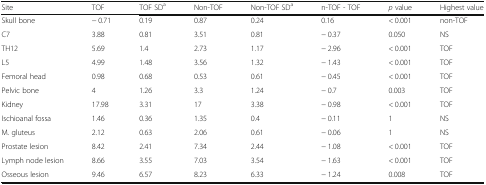
<table><thead><tr><td><b>Site</b></td><td><b>TOF</b></td><td><b>TOF SD<sup>a</sup></b></td><td><b>Non-TOF</b></td><td><b>Non-TOF SD<sup>a</sup></b></td><td><b>n-TOF - TOF</b></td><td><b><i>p</i> value</b></td><td><b>Highest value</b></td></tr></thead><tbody><tr><td>Skull bone</td><td>− 0.71</td><td>0.19</td><td>0.87</td><td>0.24</td><td>0.16</td><td>&lt; 0.001</td><td>non-TOF</td></tr><tr><td>C7</td><td>3.88</td><td>0.81</td><td>3.51</td><td>0.81</td><td>− 0.37</td><td>0.050</td><td>NS</td></tr><tr><td>TH12</td><td>5.69</td><td>1.4</td><td>2.73</td><td>1.17</td><td>− 2.96</td><td>&lt; 0.001</td><td>TOF</td></tr><tr><td>L5</td><td>4.99</td><td>1.48</td><td>3.56</td><td>1.32</td><td>− 1.43</td><td>&lt; 0.001</td><td>TOF</td></tr><tr><td>Femoral head</td><td>0.98</td><td>0.68</td><td>0.53</td><td>0.61</td><td>− 0.45</td><td>&lt; 0.001</td><td>TOF</td></tr><tr><td>Pelvic bone</td><td>4</td><td>1.26</td><td>3.3</td><td>1.24</td><td>− 0.7</td><td>0.003</td><td>TOF</td></tr><tr><td>Kidney</td><td>17.98</td><td>3.31</td><td>17</td><td>3.38</td><td>− 0.98</td><td>&lt; 0.001</td><td>TOF</td></tr><tr><td>Ischioanal fossa</td><td>1.46</td><td>0.36</td><td>1.35</td><td>0.4</td><td>− 0.11</td><td>1</td><td>NS</td></tr><tr><td>M. gluteus</td><td>2.12</td><td>0.63</td><td>2.06</td><td>0.61</td><td>− 0.06</td><td>1</td><td>NS</td></tr><tr><td>Prostate lesion</td><td>8.42</td><td>2.41</td><td>7.34</td><td>2.44</td><td>− 1.08</td><td>&lt; 0.001</td><td>TOF</td></tr><tr><td>Lymph node lesion</td><td>8.66</td><td>3.55</td><td>7.03</td><td>3.54</td><td>− 1.63</td><td>&lt; 0.001</td><td>TOF</td></tr><tr><td>Osseous lesion</td><td>9.46</td><td>6.57</td><td>8.23</td><td>6.33</td><td>− 1.24</td><td>0.008</td><td>TOF</td></tr></tbody></table>